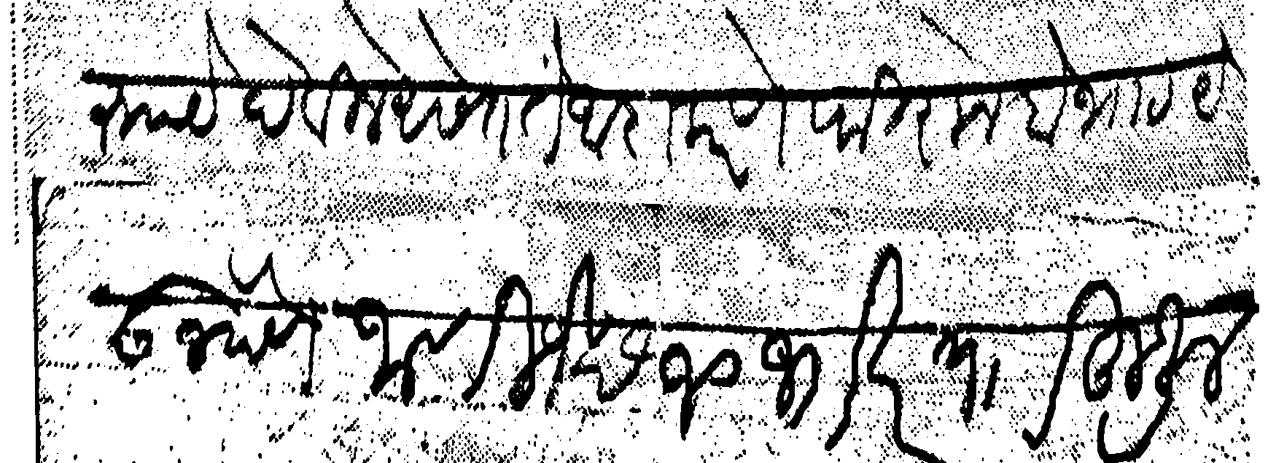
Transliteration (Devanagari): चे रुपये देविले असेत ते अदा करणे फिरोन बोभाट येऊ न देणे जाणिजे छ १० ज खर प  हुजूर